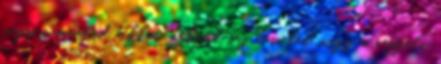
vagy panaszod, akkor nekünk írj levelet vagy a reggeli